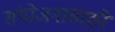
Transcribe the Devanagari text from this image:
संयोजनासाठी